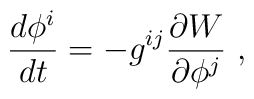
\frac{d\phi ^i}{dt}= -g^{ij} \frac{\partial W}{\partial\phi ^j}\ ,